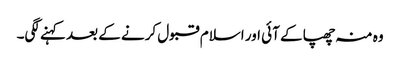
وہ منہ چھپا کے آئی اور اسلام قبول کرنے کے بعد کہنے لگی۔